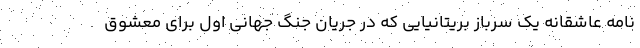
نامه عاشقانه یک سرباز بریتانیایی که در جریان جنگ جهانی اول برای معشوق